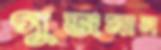
গুজমান